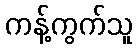
ကန့်ကွက်သူ